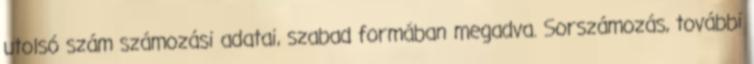
utolsó szám számozási adatai, szabad formában megadva. Sorszámozás, további